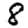
Digit: 8